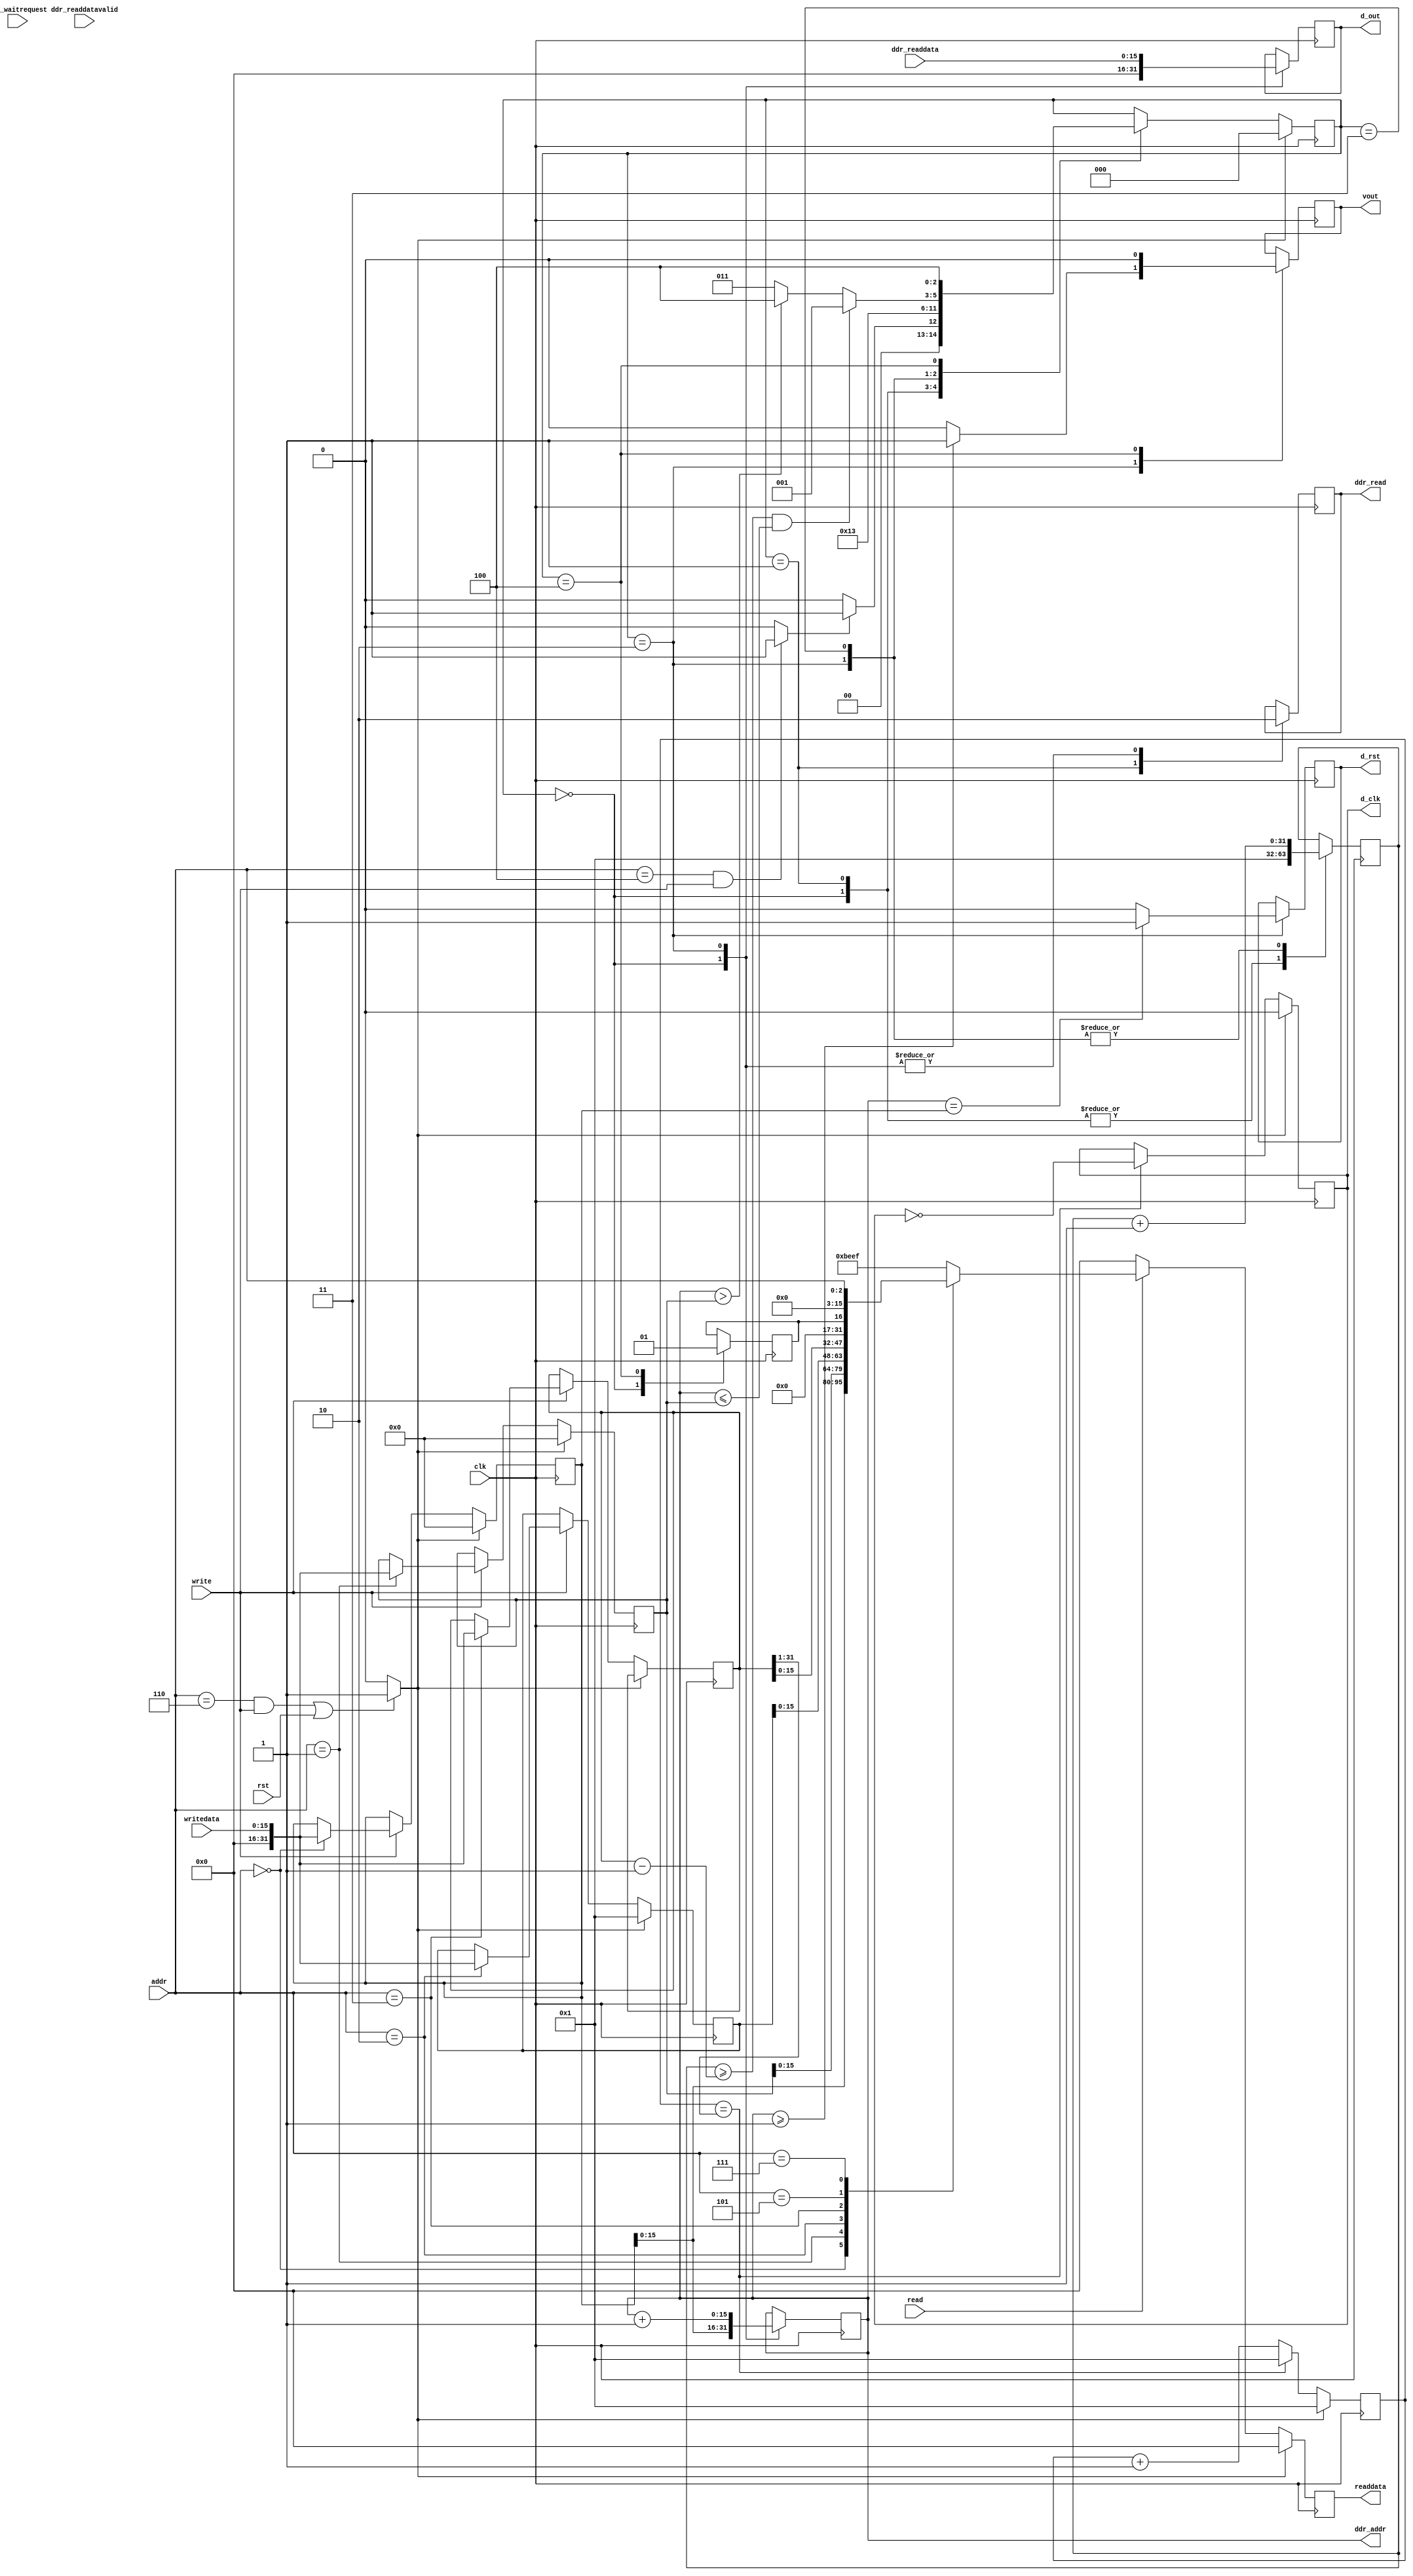
`timescale 1ns/1ns

module read_master(//DDR3 Avalon-MM interface
					  input wire signed [15:0] ddr_readdata,
					  input wire 			   ddr_readdatavalid,
					  input wire 			   ddr_waitrequest,
					  output reg 		[15:0] ddr_addr,
					  output reg 			   ddr_read,
					  
					  // Streamfromdram Avalon-MM interface
					  input wire        [15:0] writedata,
					  output reg        [15:0] readdata,
					  input wire 		[2:0]  addr,
					  input wire 		  	   read,
					  input wire 			   write,
					  
					  //Streaming interface
					  output reg signed [15:0]  d_out,
					  output reg 				d_clk,
					  output reg 				vout,
					  output reg 				d_rst,
					  
					  //Clock and reset
					  input wire 				clk,
					  input wire 				rst);
					  
					  
		// Address map
		// 0x0: read base
		// 0x1: read length
		// 0x2: read step
		// 0x3: read rate
		// 0x4: start
		// 0x5: done
		// 0x6: reset
		// 0x7: test register
					  
		
		reg [31:0] addr_init; 	  // Initial starting address
		reg [31:0] stream_length; // Number of samples to stream
		reg [31:0] addr_step;     // address step
		reg [31:0] rate; 		  // Data stream rate (relative to input clock period)
		wire 	   start;		  // start streaming
		reg 	   done;
		
		reg [31:0] null;
		
		reg [2:0] state;
		
		
		reg [31:0] count, d_clk_count;
		
		reg d_clk_enable;
		
		
		parameter S0 = 0, S1 = 1, S2 = 2, S3 = 3, S4 = 4, S5 = 5, S6 = 6;
		
		
		assign start = ((addr == 3'h4) && (write == 1)) ? 1 : 0;
		
		assign reset = (((addr == 3'h6) && (write == 1)) || rst) ? 1 : 0;
					  
		always @(posedge clk)
		begin
			if (reset)
			begin
				readdata   <= 32'b0;
				addr_step  <= 16'b1;
				addr_init <= 32'b0;
				stream_length <= 32'b0;
				readdata  <= 32'b0;
			end
			else
			begin
				if (read)
				begin
					case (addr)
						3'h0: readdata <= addr_init;
						3'h1: readdata <= stream_length;
						3'h2: readdata <= addr_step;
						3'h3: readdata <= rate;
						3'h5: readdata <= done;
						3'h7: readdata <= addr;
						default: readdata <= 32'hdeadbeef;
					endcase
				end else
					readdata <= 32'b0;
				if (write)
				begin
					case (addr)
						 3'h0: addr_init <= writedata;
						 3'h1: stream_length <= writedata;
						 3'h2: addr_step <= writedata;
						 3'h3: rate <= writedata;
						 default: null <= writedata;
					endcase
				end
			end
		end
				
		// stream counter state machine
				
		always @(posedge clk)
		begin
			if (reset)
				state <= S0;
			else
			begin
				case (state)
					0:  if (start)
							state <= S1;
						else
							state <= S0;
					1:  if (S1)
							state <= S2;
						else
							state <= S1;
					2:  if (S2)
							state <= S3;
						else
							state <= S2;
					3:	if ((count >= rate - 1) && (ddr_addr <= stream_length))
							state <= S1;
						else if (ddr_addr > stream_length)
							state <= S4;
						else
							state <= S3;
					4:  if (reset)
							state <= S0;
						else
							state <= S4;
				endcase
			end
		end
		
		always @(posedge clk)
		begin
			case (state)
				0: begin
						ddr_addr <= addr_init;
						ddr_read <= 1'b0;
						done     <= 1'b0;
						count    <= 32'b1;
						d_out 	 <= 16'b0;
				   end  
				1: begin
						ddr_read <= 1'b1;
						count <= 1'b1;
						//vout <= 1'b0;
				   end
				2: begin
						ddr_read <= 1'b0;
						d_out <= ddr_readdata;
						ddr_addr <= ddr_addr + 1;
						count <= count + 1;
						if (ddr_addr >= 32'd1)
						begin
							vout <= 1'b1;
						end else
							vout <= 1'b0;
						if (ddr_addr == addr_init)
							d_rst <= 1'b1;
						else
							d_rst <= 1'b0;
				   end
				3: begin
						count <= count + 1;
						//vout <= 1'b0;
				   end
				4: begin
						done  <= 1'b1;
						vout <= 1'b0;
				   end
			endcase
		end
		
		// Data clock counter
		always @(posedge clk)
		begin
			if (reset)
			begin
				d_clk_count <= 32'b1;
				d_clk 	 <= 1'b0;
			end else
			begin
				if (d_clk_count == rate >> 1)
				begin
					d_clk_count <= 32'b1;
					d_clk <= ~d_clk;
				end else
				begin
					d_clk_count <= d_clk_count + 1;
				end
			end
		end
		
endmodule